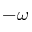
- \omega